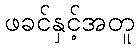
ဖခင်နှင့်အတူ